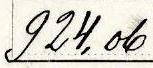
924,96